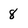
Character: 8